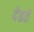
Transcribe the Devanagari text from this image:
देहते